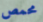
محمص